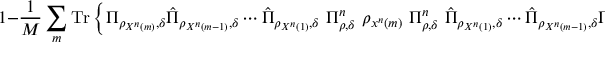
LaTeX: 1 - { \frac { 1 } { M } } \sum _ { m } { \mathrm { T r } } \left\{ \Pi _ { \rho _ { X ^ { n } \left( m \right) } , \delta } { \hat { \Pi } } _ { \rho _ { X ^ { n } \left( m - 1 \right) } , \delta } \cdots { \hat { \Pi } } _ { \rho _ { X ^ { n } \left( 1 \right) } , \delta } \ \Pi _ { \rho , \delta } ^ { n } \ \rho _ { x ^ { n } \left( m \right) } \ \Pi _ { \rho , \delta } ^ { n } \ { \hat { \Pi } } _ { \rho _ { X ^ { n } \left( 1 \right) } , \delta } \cdots { \hat { \Pi } } _ { \rho _ { X ^ { n } \left( m - 1 \right) } , \delta } \Pi _ { \rho _ { X ^ { n } \left( m \right) } , \delta } \right\} .